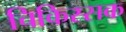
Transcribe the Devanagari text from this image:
चिकिस्सक